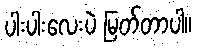
ပါးပါးလေးပဲ မြတ်တာပါ။